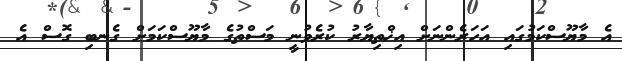
އެ މާޔޫސްކަމުގައި އަހަރެންނަށް އިޚްތިޔާރު ކުރެވުނީ މަސްތުގެ މާޔޫސްކަމަށް ގެނބި ގޮސް އެ